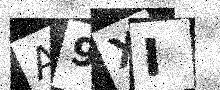
Text: A9XI